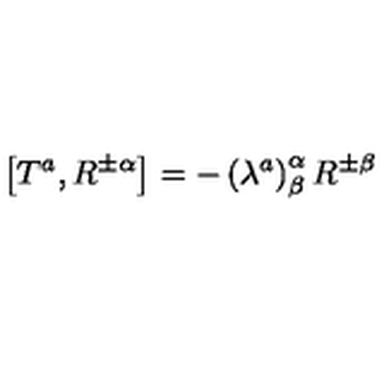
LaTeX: \left[ T ^ { a } , R ^ { \pm \alpha } \right] = - \left( \lambda ^ { a } \right) _ { \beta } ^ { \alpha } R ^ { \pm \beta }